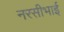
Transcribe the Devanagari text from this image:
नरसीभाई